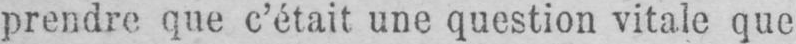
prendre que c’était une question vitale que